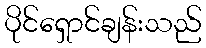
ပိုင်ရှောင်ချန်းသည်